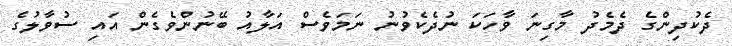
ދެކުދިންގެ ދެމެދު މާގިނަ ވާހަކަ ނުދެކެވުނު ނަމަވެސް އަލާއު ބޭނުންވެގެން އައި ސުވާލުގެ